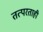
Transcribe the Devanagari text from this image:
तत्परताही